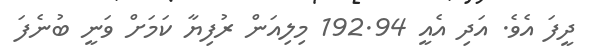
ދީފަ އެވެ. އަދި އެއީ 192.94 މިލިއަން ރުފިޔާ ކަމަށް ވަނީ ބުނެފަ